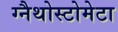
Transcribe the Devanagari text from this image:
ग्नैथोस्टोमेटा